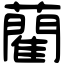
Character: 藺